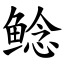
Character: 鲶